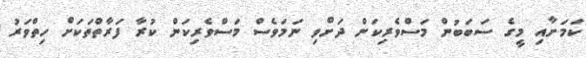
ކަމަށާއި މީގެ ސަބަބުން މަސްވެރިކަން ދަށްވި ނަަމަވެސް މަސްވެރިކަން ކުރާ ފަރާތްތަކަށް ހިތްވަރު